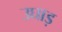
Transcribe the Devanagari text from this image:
उघाड़